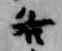
各